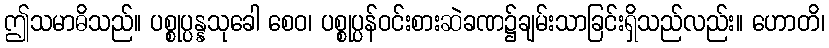
ဤသမာဓိသည်။ ပစ္စုပ္ပန္နသုခေါ စေဝ၊ ပစ္စုပ္ပန်ဝင်းစားဆဲခဏ၌ချမ်းသာခြင်းရှိသည်လည်း။ ဟောတိ၊